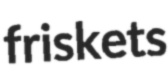
friskets